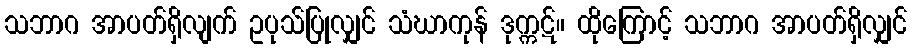
သဘာဂ အာပတ်ရှိလျက် ဥပုသ်ပြုလျှင် သံဃာကုန် ဒုက္ကဋ်။ ထိုကြောင့် သဘာဂ အာပတ်ရှိလျှင်